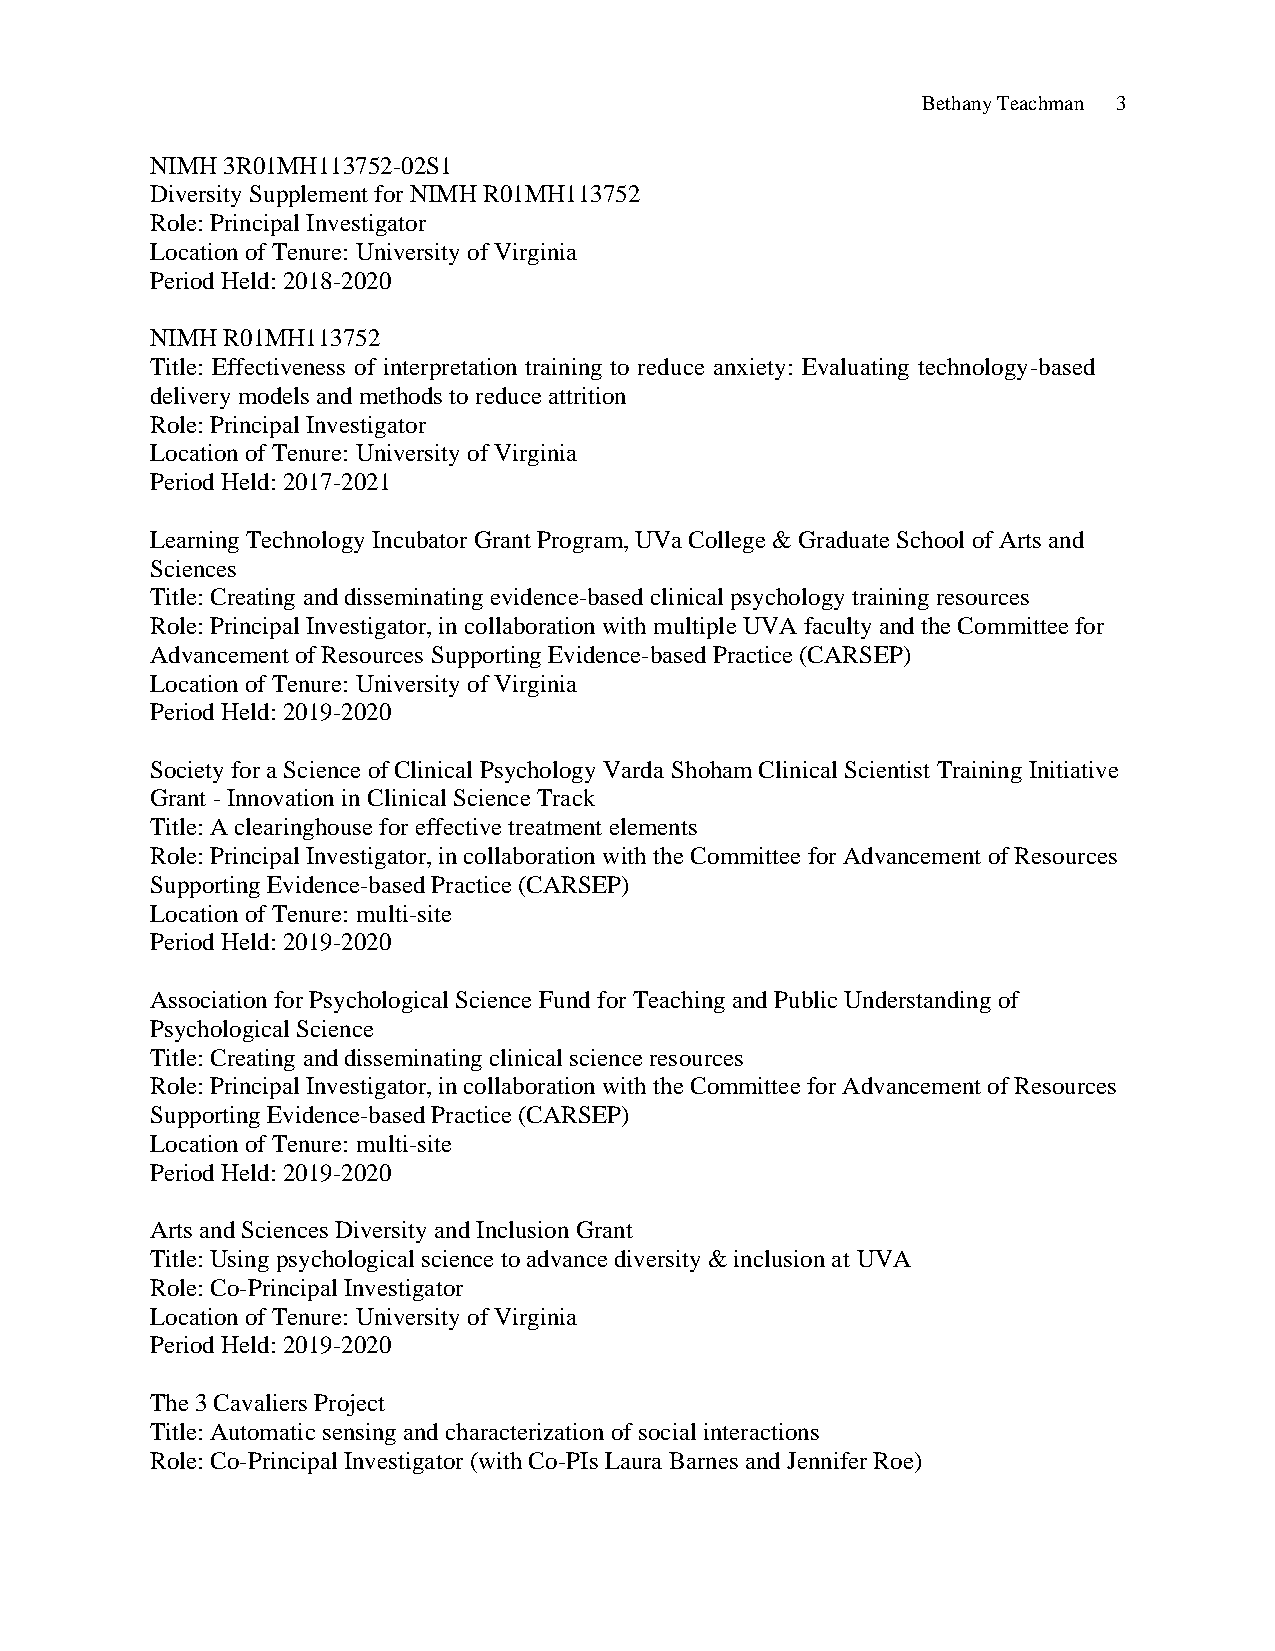
Bethany Teachman 3
 NIMH 3R01MH113752-02S1
 Diversity Supplement for NIMH R01MH113752
 Role: Principal Investigator
 Location of Tenure: University of Virginia
 Period Held: 2018-2020
 NIMH R01MH113752
 Title: Effectiveness of interpretation training to reduce anxiety: Evaluating technology-based
 delivery models and methods to reduce attrition
 Role: Principal Investigator
 Location of Tenure: University of Virginia
 Period Held: 2017-2021
 Learning Technology Incubator Grant Program, UVa College & Graduate School of Arts and
 Sciences
 Title: Creating and disseminating evidence-based clinical psychology training resources
 Role: Principal Investigator, in collaboration with multiple UVA faculty and the Committee for
 Advancement of Resources Supporting Evidence-based Practice (CARSEP)
 Location of Tenure: University of Virginia
 Period Held: 2019-2020
 Society for a Science of Clinical Psychology Varda Shoham Clinical Scientist Training Initiative
 Grant - Innovation in Clinical Science Track
 Title: A clearinghouse for effective treatment elements
 Role: Principal Investigator, in collaboration with the Committee for Advancement of Resources
 Supporting Evidence-based Practice (CARSEP)
 Location of Tenure: multi-site
 Period Held: 2019-2020
 Association for Psychological Science Fund for Teaching and Public Understanding of
 Psychological Science
 Title: Creating and disseminating clinical science resources
 Role: Principal Investigator, in collaboration with the Committee for Advancement of Resources
 Supporting Evidence-based Practice (CARSEP)
 Location of Tenure: multi-site
 Period Held: 2019-2020
 Arts and Sciences Diversity and Inclusion Grant
 Title: Using psychological science to advance diversity & inclusion at UVA
 Role: Co-Principal Investigator
 Location of Tenure: University of Virginia
 Period Held: 2019-2020
 The 3 Cavaliers Project
 Title: Automatic sensing and characterization of social interactions
 Role: Co-Principal Investigator (with Co-PIs Laura Barnes and Jennifer Roe)